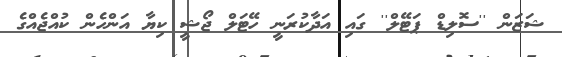
ޝަޒަން ''ސޮލިޑް ޕަޓޭލް'' ގައި އަދާކުރަނީ ހޭޓަލް ޖޯޝީ ކިޔާ އަންހެން ކުއްޖެއްގެ